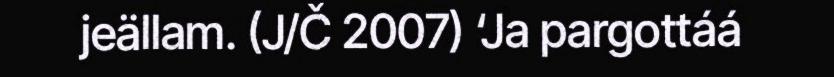
jeällam. (J/Č 2007) ‘Ja pargottáá